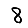
Digit: 8